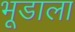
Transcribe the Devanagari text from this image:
भूडाला